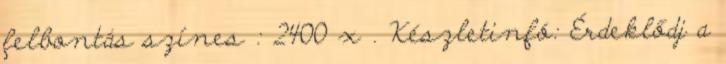
felbontás színes : 2400 x . Készletinfó: Érdeklődj a